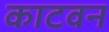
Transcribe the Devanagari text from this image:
काटवन